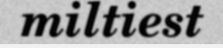
miltiest